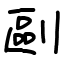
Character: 剾